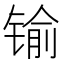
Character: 𨱎